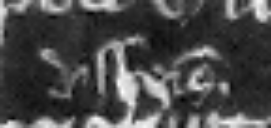
et disseisiverunt